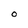
Character: O